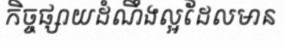
កិច្ចផ្សាយដំណឹងល្អដែលមាន